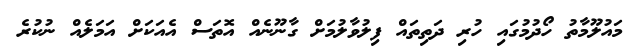
މައުލޫމާތު ހޯދުމުގައި ހުރި ދަތިތައް ފިލުވާލުމަށް ގާނޫނެއް އޮތަސް އެއަކަށް އަމަލެއް ނުކުރެ